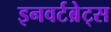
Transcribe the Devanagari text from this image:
इनवर्टब्रेट्स